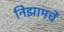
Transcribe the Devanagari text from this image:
निझामचें